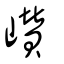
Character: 巑